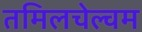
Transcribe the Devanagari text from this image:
तमिलचेल्वम